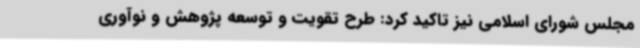
مجلس شورای اسلامی نیز تاکید کرد: طرح تقویت و توسعه پژوهش و نوآوری